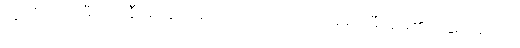
သူတို့သည် မီးပုံအနီးမှ ထွက်ခဲ့ကတည်းကပင် အမျိုးသမီးများ၏ ခြေရာများကို